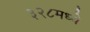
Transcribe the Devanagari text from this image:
३२८मध्ये